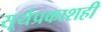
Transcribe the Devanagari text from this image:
सूर्यप्रकाशही